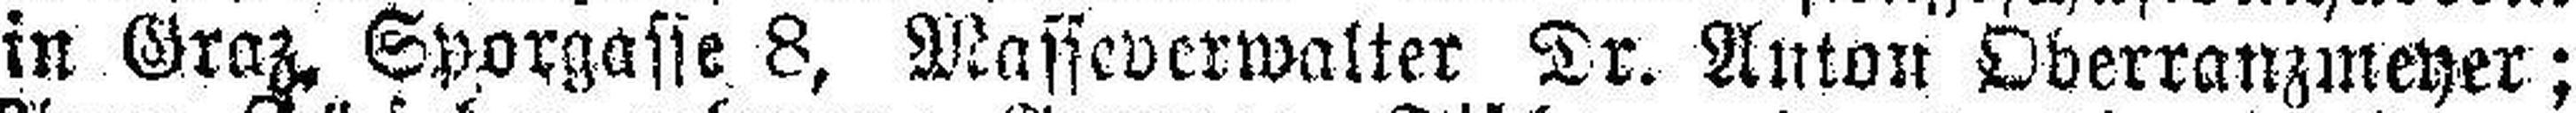
in Graz. Sporgasse 8, Masseverwalter Dr. Anton Oderranzmeyer;